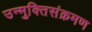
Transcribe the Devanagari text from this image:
उन्मुक्तिसंक्रमण